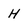
Character: H